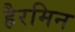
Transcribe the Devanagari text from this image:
हैरमिन